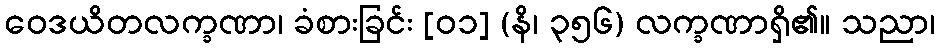
ဝေဒယိတလက္ခဏာ၊ ခံစားခြင်း [၀၁] (နိ၊ ၃၅၆) လက္ခဏာရှိ၏။ သညာ၊